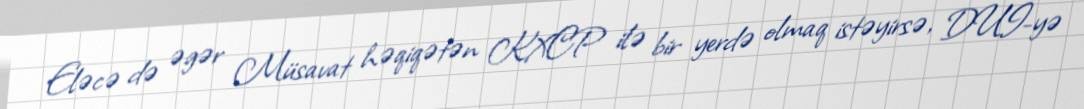
Eləcə də əgər Müsavat həqiqətən KXCP ilə bir yerdə olmaq istəyirsə, DUİ-yə